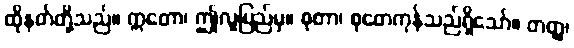
ထိုနတ်တို့သည်။ ဣတော၊ ဤလူပြည်မှ။ စုတာ၊ စုတေကုန်သည်ရှိသော်။ တတ္ထ၊